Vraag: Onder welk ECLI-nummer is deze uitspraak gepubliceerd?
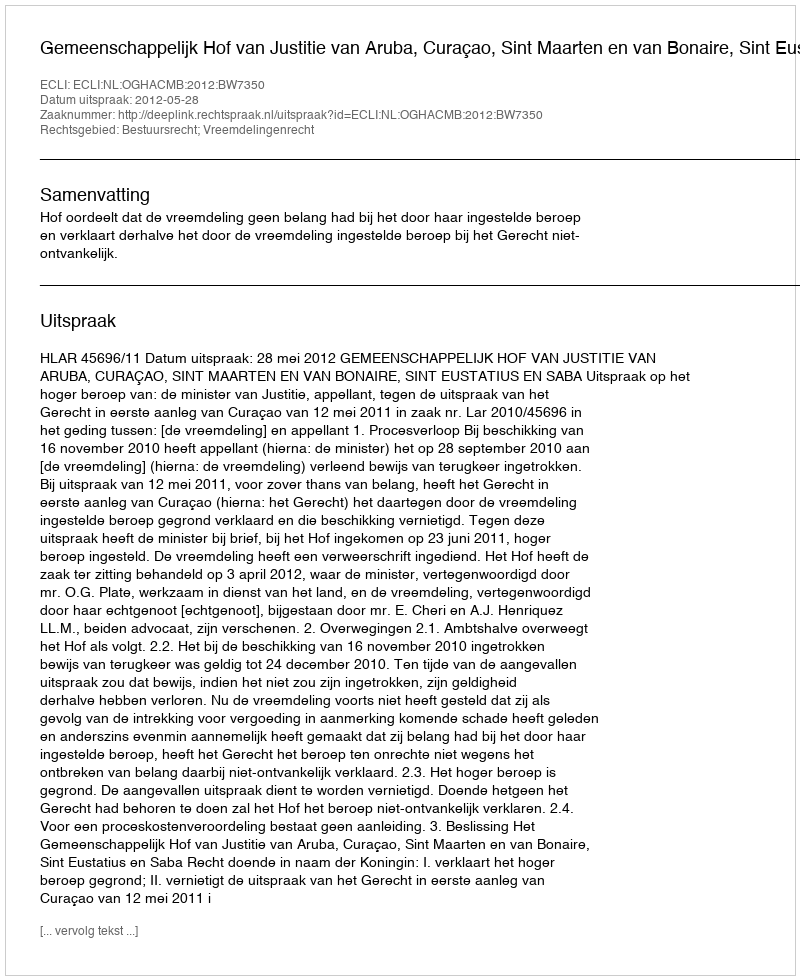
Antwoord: ECLI:NL:OGHACMB:2012:BW7350